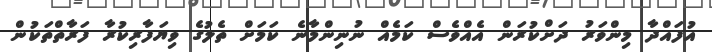
އުފައްދާ މިންވަރު ދަށްކުރަން އެއްވެސް ކަމެއް ނުނިންމާނެ ކަމަށް ތެލުގެ ވިޔަފާރިކުރާ ފަރާތްތަކުން